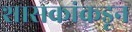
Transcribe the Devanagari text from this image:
शासकांकडून